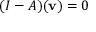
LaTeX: ( I - A ) ( \mathbf { v } ) = 0